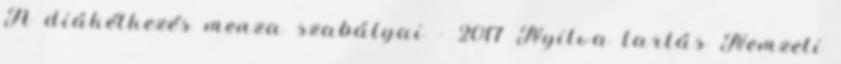
A diákétkezés menza szabályai - 2017 Nyitva tartás Nemzeti